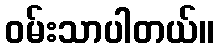
ဝမ်းသာပါတယ်။